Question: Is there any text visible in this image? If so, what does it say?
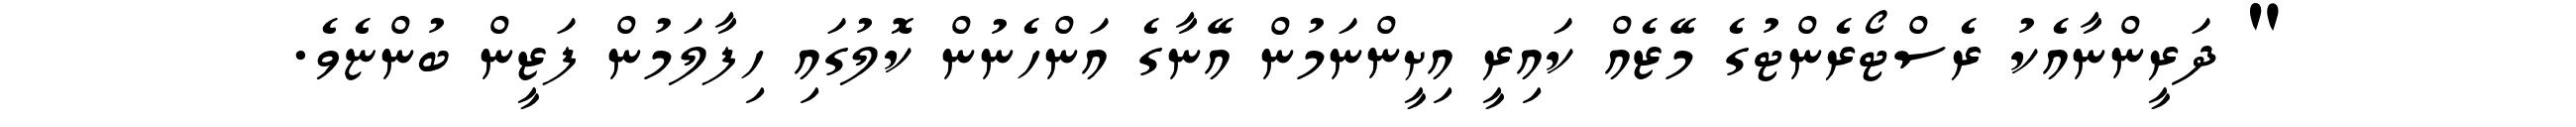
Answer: " ދަރީންނާއެކު ރެސްޓޯރެންޓުގެ މޭޒެއް ކައިރީ އިށީންނަމުން އޭނާގެ އަންހެނުން ކޮލުގައި ހިފާލަމުން ފަޒީން ބުންޏެވެ.